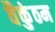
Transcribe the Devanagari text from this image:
वैकुंठम